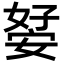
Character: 𭒊